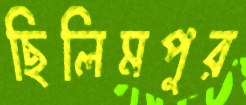
ছিলিমপুর